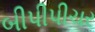
બીપીપીચર